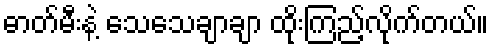
ဓာတ်မီးနဲ့ သေသေချာချာ ထိုးကြည့်လိုက်တယ်။